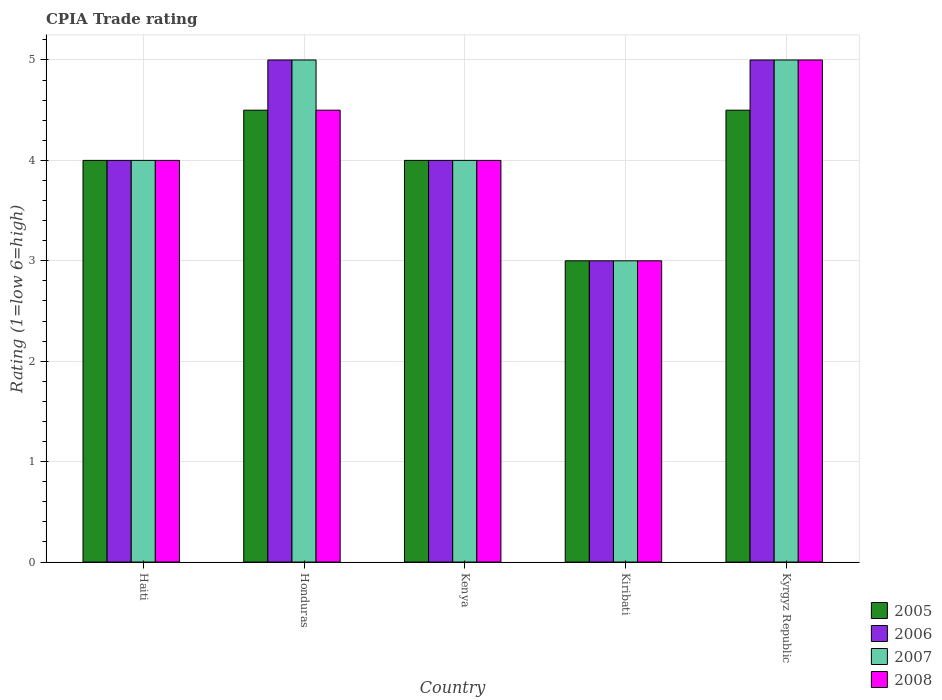
| Country | 2005 | 2006 | 2007 | 2008 |
 | --- | --- | --- | --- | --- |
 | Haiti | 4 | 4 | 4 | 4 |
 | Honduras | 4.5 | 5 | 5 | 4.5 |
 | Kenya | 4 | 4 | 4 | 4 |
 | Kiribati | 3 | 3 | 3 | 3 |
 | Kyrgyz Republic | 4.5 | 5 | 5 | 5 |